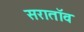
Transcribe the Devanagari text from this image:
सरातॉव